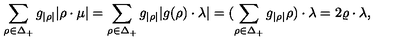
\sum _ { \rho \in \Delta _ { + } } { g _ { | \rho | } } | \rho \cdot \mu | = \sum _ { \rho \in \Delta _ { + } } { g _ { | \rho | } } | g ( \rho ) \cdot \lambda | = ( \sum _ { \rho \in \Delta _ { + } } { g _ { | \rho | } } \rho ) \cdot \lambda = 2 \varrho \cdot \lambda ,